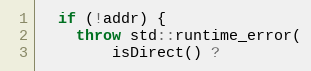
Language: C++
  if (!addr) {
    throw std::runtime_error(
        isDirect() ?